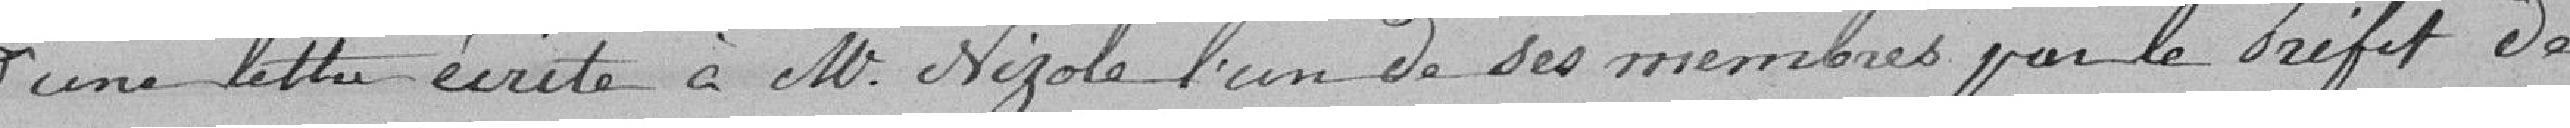
d'une lettre écrite à M. Nizole l'un des ses membres par le Préfet de